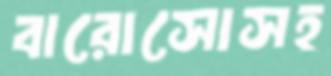
বারোসোসহ